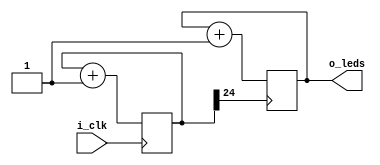
`timescale 1ns / 1ps
//////////////////////////////////////////////////////////////////////////////////
// Company: 
// Engineer: 
// 
// Design Name: 
// Module Name: blinky
// Project Name: 
// Target Devices: 
// Tool Versions: 
// Description: 
// 
// Dependencies: 
// 
// Revision:
// Revision 0.01 - File Created
// Additional Comments:
// 
//////////////////////////////////////////////////////////////////////////////////


module blinky(
    input  i_clk,   
    output [2:0] o_leds
    );
    reg [25-1:0] counter = 0;
    
    always @(posedge i_clk) begin
    counter <= counter + 1;
    end
    
    assign clk = counter[25-1];

    reg [2:0] count = 0;
    always @(posedge clk) begin
        count <= count + 1;
    end
    assign o_leds = count;
endmodule